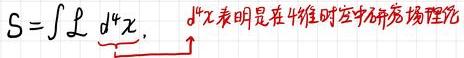
\[ S = \int \mathcal{L} \mathrm{d}^4 x, \quad \mathrm{d}^4 x \text{表明是在4维时空中研究场理论} \]